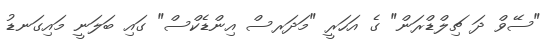
"ސޭވް ދަ ޗިލްޑްރަން" ގެ އަހަރީ "މަދަރސް އިންޑެކްސް" ގައި ބަލަނީ މައިގަނޑު